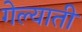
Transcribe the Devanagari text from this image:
गेल्याती